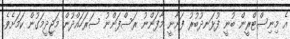
އެ މިނިސްޓްރީން ބުނީ ފުޅަނދުބުރު ފަށާނީ މާފަންނު ރަސްފަންނު ސަރަހައްދުން މަޖީދީމަގުން ކަމަށެވެ.